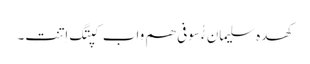
کھدہ سلیمان ءُُ سوفی ھم واب کپتگ اِتنت۔